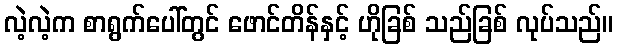
လဲ့လဲ့က စာရွက်ပေါ်တွင် ဖောင်တိန်နှင့် ဟိုခြစ် သည်ခြစ် လုပ်သည်။